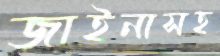
জাইনাসহ